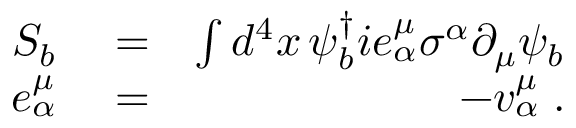
\begin{array} { r l r } { S _ { b } } & { { } = } & { \int d ^ { 4 } x \, \psi _ { b } ^ { \dagger } i e _ { \alpha } ^ { \mu } \sigma ^ { \alpha } \partial _ { \mu } \psi _ { b } } \\ { e _ { \alpha } ^ { \mu } } & { { } = } & { - v _ { \alpha } ^ { \mu } \; . } \end{array}